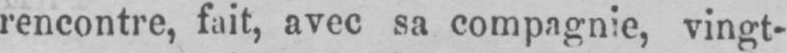
rencontre, fait, avec sa compagnie, vingt-